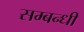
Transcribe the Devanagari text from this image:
सम्‍बन्‍धी